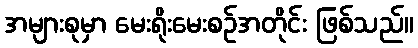
အများစုမှာ မေးရိုးမေးစဉ်အတိုင်း ဖြစ်သည်။